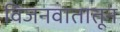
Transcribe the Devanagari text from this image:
विजनवातातून